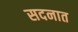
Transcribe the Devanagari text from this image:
सदनात